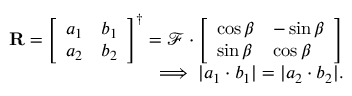
\begin{array} { r } { \mathbf { R } = \left[ \begin{array} { l l } { a _ { 1 } } & { b _ { 1 } } \\ { a _ { 2 } } & { b _ { 2 } } \end{array} \right] ^ { \dagger } = \mathcal { F } \cdot \left[ \begin{array} { l l } { \cos \beta } & { - \sin \beta } \\ { \sin \beta } & { \cos \beta } \end{array} \right] } \\ { \implies \lvert a _ { 1 } \cdot b _ { 1 } \rvert = \lvert a _ { 2 } \cdot b _ { 2 } \rvert . } \end{array}